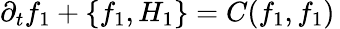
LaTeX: \begin{array}{r}{\partial_{t}f_{1}+\{ f_{1},H_{1}\} =C(f_{1},f_{1})\, }\end{array}